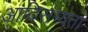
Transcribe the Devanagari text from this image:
आदिसभ्‍यता